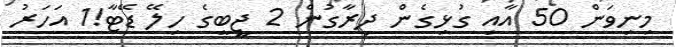
މިނިވަން 50 އާއި ގުޅިގެން ދިރާގުން 2 ޖީބީގެ ހިލޭ ޑޭޓާ!1 އަހަރު